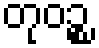
တုဝဉ္စ